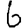
Digit: 6